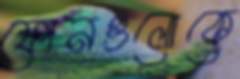
ফোনগুলোকে